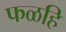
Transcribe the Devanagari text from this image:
फळहि